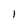
Character: I